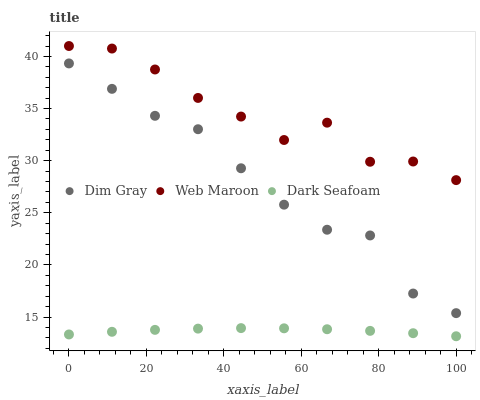
| xaxis_label | Dim Gray | Web Maroon | Dark Seafoam |
 | --- | --- | --- | --- |
 | 0 | 39.3 | 41 | 13.3 |
 | 11.1 | 36.9 | 40.8 | 13.6 |
 | 22.2 | 34.3 | 38.7 | 13.8 |
 | 33.3 | 33 | 36 | 13.9 |
 | 44.4 | 29.3 | 34.2 | 13.9 |
 | 55.6 | 25.8 | 32 | 13.9 |
 | 66.7 | 23.4 | 33.6 | 13.8 |
 | 77.8 | 22.8 | 29.9 | 13.7 |
 | 88.9 | 17.3 | 29.9 | 13.5 |
 | 100 | 15.4 | 28.1 | 13.2 |